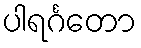
ပါရင်္ဂတော